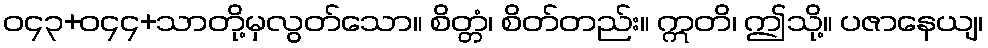
ဝ၄၃+ဝ၄၄+သာတို့မှလွတ်သော။ စိတ္တံ၊ စိတ်တည်း။ ဣတိ၊ ဤသို့။ ပဇာနေယျ၊